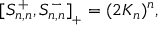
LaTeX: [ S _ { n , n } ^ { + } , S _ { n , n } ^ { - } ] _ { { } _ { + } } = ( 2 K _ { n } ) ^ { n } ,